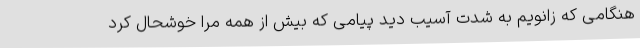
هنگامی که زانویم به شدت آسیب دید پیامی که بیش از همه مرا خوشحال کرد